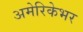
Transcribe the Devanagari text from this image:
अमेरिकेभर